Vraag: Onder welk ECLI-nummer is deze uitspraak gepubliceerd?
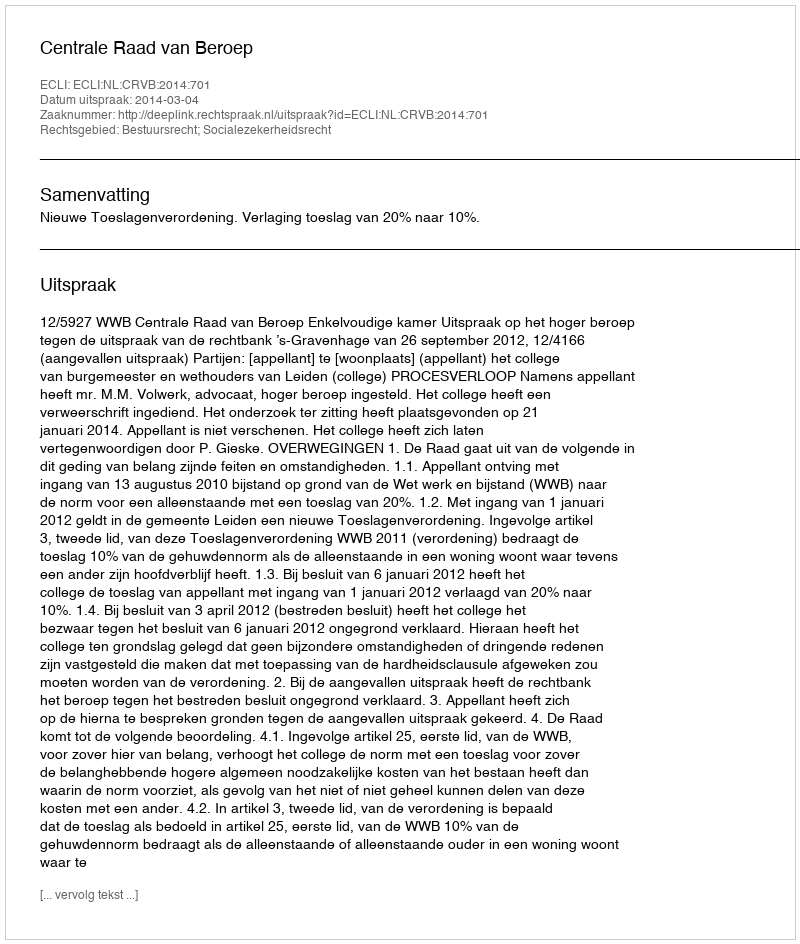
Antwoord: ECLI:NL:CRVB:2014:701